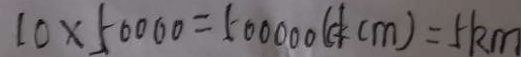
1 0 \times 5 0 0 0 0 = 5 0 0 0 0 0 ( c m ) = 5 k m